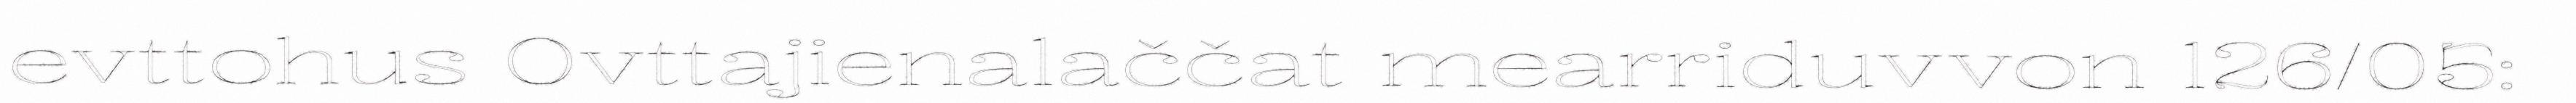
evttohus Ovttajienalaččat mearriduvvon 126/05: